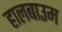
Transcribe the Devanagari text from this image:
हालबाउम